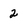
Character: 2